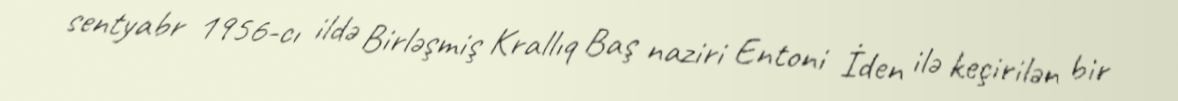
sentyabr 1956-cı ildə Birləşmiş Krallıq Baş naziri Entoni İden ilə keçirilən bir